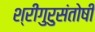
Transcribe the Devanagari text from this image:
श्रीगुरुसंतोषी